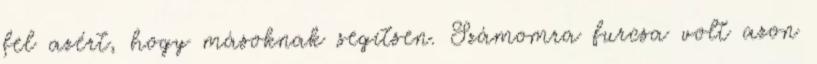
fel azért, hogy másoknak segítsen. Számomra furcsa volt azon